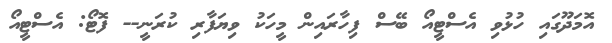
އޮމަދޫގައި ހުޅުވި އެސްޓީއޯ ބޭސް ފިހާރައިން މީހަކު ވިޔަފާރި ކުރަނީ-- ފޮޓޯ: އެސްޓީއޯ